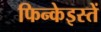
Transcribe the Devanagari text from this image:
फिन्केइस्तें